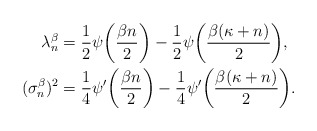
\begin{align*}\lambda_n^\beta&=\frac12\psi\bigg(\frac{\beta n}2\bigg)-\frac12\psi\bigg(\frac{\beta (\kappa+n)}2\bigg), \\(\sigma_n^\beta)^2&=\frac14\psi'\bigg(\frac{\beta n}2\bigg)-\frac14\psi'\bigg(\frac{\beta (\kappa+n)}2\bigg).\end{align*}